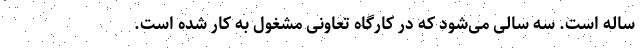
ساله است. سه سالی می‌شود که در کارگاهِ تعاونی مشغول به کار شده است.